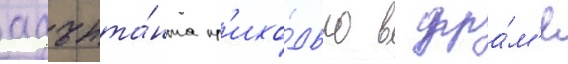
адъюта́нта пр'ихо́дько в дра́м'е